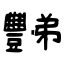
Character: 豒